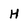
Character: H